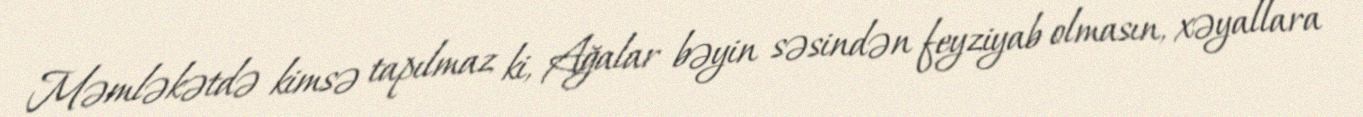
Məmləkətdə kimsə tapılmaz ki, Ağalar bəyin səsindən feyziyab olmasın, xəyallara